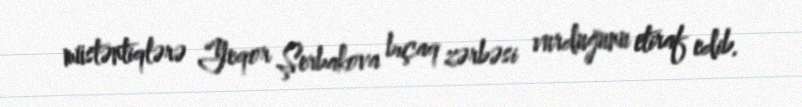
müstəntiqlərə Yeqor Şerbakova bıçaq zərbəsi vurduğunu etiraf edib.